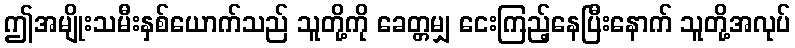
ဤအမျိုးသမီးနှစ်ယောက်သည် သူတို့ကို ခေတ္တမျှ ငေးကြည့်နေပြီးနောက် သူတို့အလုပ်